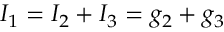
I _ { 1 } = I _ { 2 } + I _ { 3 } = g _ { 2 } + g _ { 3 }